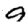
Digit: 9